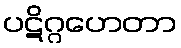
ပဋိဂ္ဂဟေတာ